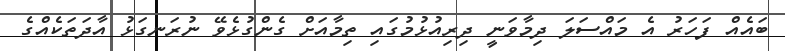
ބައެއް ފަހަރު އެ މައްސަލަ ދިމާވަނީ ދިރިއުޅުމުގައި ތިމާއަށް ގެންގުޅެވޭ ނުރަނގަޅު އާދަތަކެއްގެ